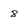
Character: 8